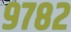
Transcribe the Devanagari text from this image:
९७८२